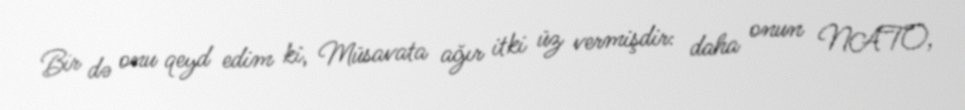
Bir də onu qeyd edim ki, Müsavata ağır itki üz vermişdir: daha onun NATO,